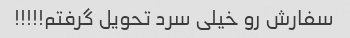
سفارش رو خیلی سرد تحویل گرفتم!!!!!